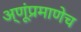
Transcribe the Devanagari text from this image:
अ्णूंप्रमाणेच